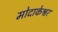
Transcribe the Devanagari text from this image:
मोदाकेश्वर